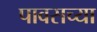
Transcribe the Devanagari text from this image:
पावसच्या